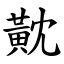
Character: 黆